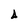
Character: 4